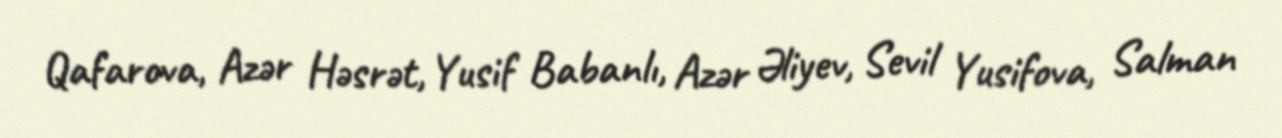
Qafarova, Azər Həsrət, Yusif Babanlı, Azər Əliyev, Sevil Yusifova, Salman